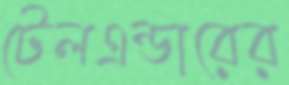
টেলএন্ডারের